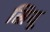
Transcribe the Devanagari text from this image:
स्रियू